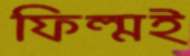
ফিল্মই